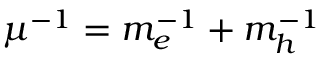
\mu ^ { - 1 } = m _ { e } ^ { - 1 } + m _ { h } ^ { - 1 }